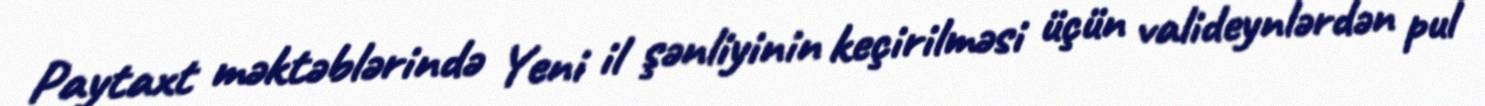
Paytaxt məktəblərində Yeni il şənliyinin keçirilməsi üçün valideynlərdən pul